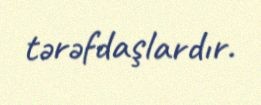
tərəfdaşlardır.